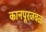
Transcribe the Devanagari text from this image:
कानपूरजवळ